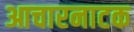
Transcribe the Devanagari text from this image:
आचारनाटक